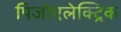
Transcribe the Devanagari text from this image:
पिजोएलेक्ट्रिक